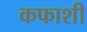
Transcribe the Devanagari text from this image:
कफाशी